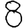
Digit: 8